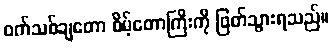
ဝက်သစ်ချတော စိမ့်တောကြီးကို ဖြတ်သွားရသည်။